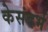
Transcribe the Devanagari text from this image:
केसंदर्भ